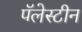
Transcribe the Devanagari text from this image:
पॅलेस्टीन